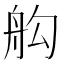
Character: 𦨛